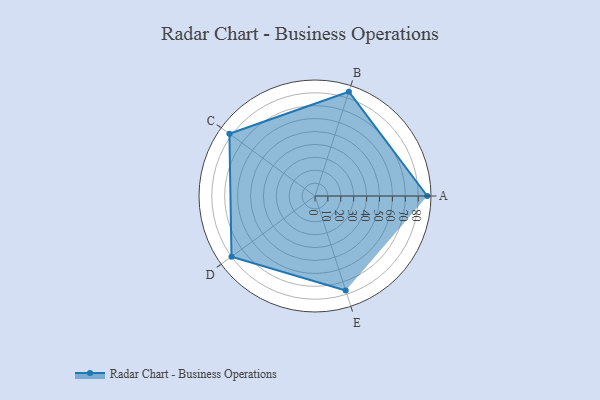
{"axis": {"x": "Skill", "y": "Score"}, "legend": ["Profile"], "data": [{"x": "A", "y": 87.0, "type": "Profile"}, {"x": "B", "y": 85.0, "type": "Profile"}, {"x": "C", "y": 82.0, "type": "Profile"}, {"x": "D", "y": 80.0, "type": "Profile"}, {"x": "E", "y": 77.0, "type": "Profile"}]}